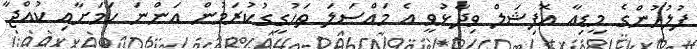
ފުލުހުންގެ މީޑިއާ އޮފިޝަލް ވިދާޅުވީ އެ މައްސަލަ ތަހުގީގުކުރަމުން އަންނަ ކަމަށާއި ކުއްޖާ